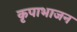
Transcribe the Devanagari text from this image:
कृपाभाजन